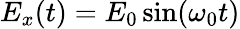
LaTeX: E_{x}(t)=E_{0}\sin(\omega_{0}t)